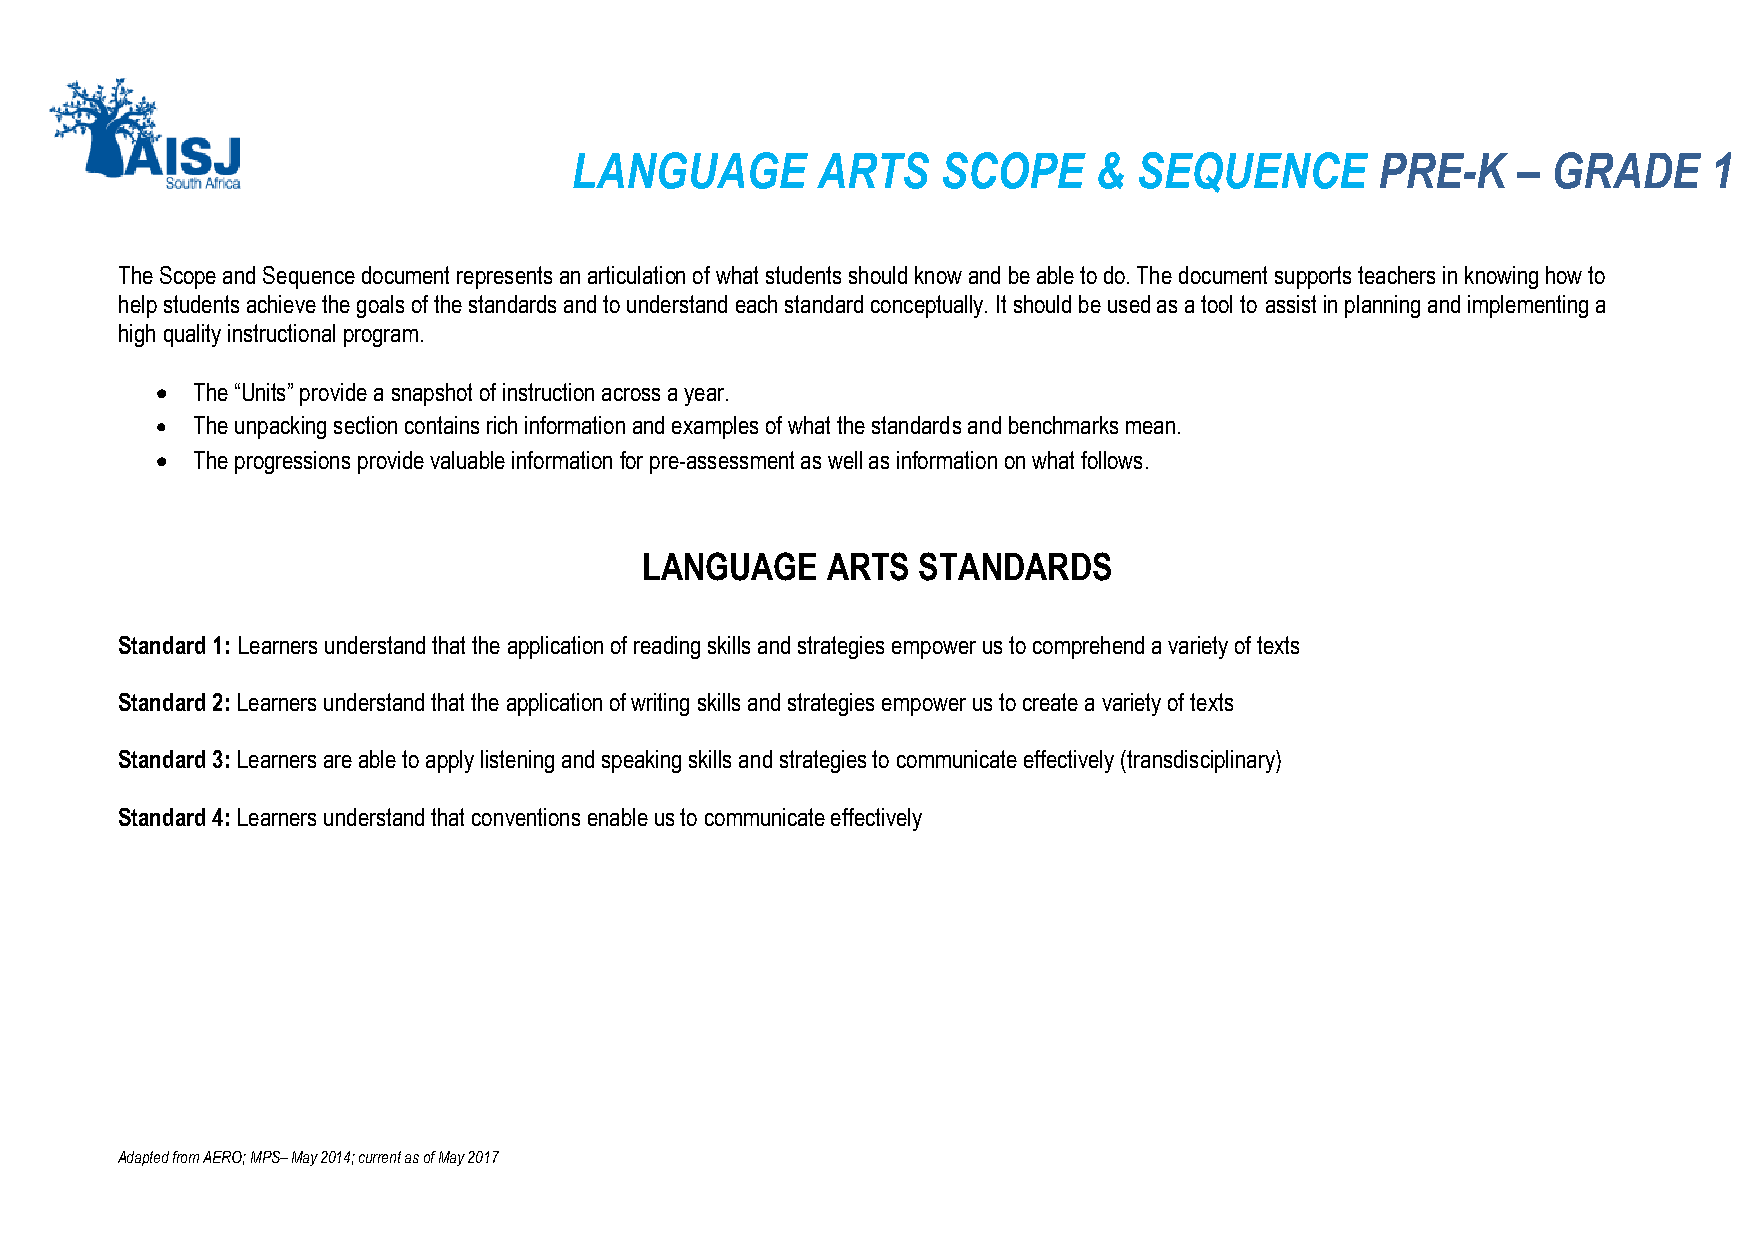
LANGUAGE        ARTS    SCOPE     &  SEQUENCE        PRE-K    –  GRADE     1
 The Scope and Sequence document represents an articulation of what students should know and be able to do. The document supports teachers in knowing how to
 help students achieve the goals of the standards and to understand each standard conceptually. It should be used as a tool to assist in planning and implementing a
 high quality instructional program.
 •  The “Units” provide a snapshot of instruction across a year.
 •  The unpacking section contains rich information and examples of what the standards and benchmarks mean.
 •  The progressions provide valuable information for pre-assessment as well as information on what follows.
 LANGUAGE    ARTS  STANDARDS
 Standard 1: Learners understand that the application of reading skills and strategies empower us to comprehend a variety of texts
 Standard 2: Learners understand that the application of writing skills and strategies empower us to create a variety of texts
 Standard 3: Learners are able to apply listening and speaking skills and strategies to communicate effectively (transdisciplinary)
 Standard 4: Learners understand that conventions enable us to communicate effectively
 Adapted from AERO; MPS– May 2014; current as of May 2017